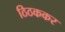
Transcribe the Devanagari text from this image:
ठिठककर